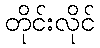
တိုင်းလိုင်